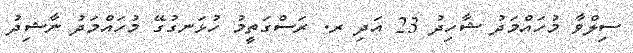
ސިލްވާ މުހައްމަދު ޝާހިދު 23 އަދި ރ. ރަސްގަތީމު ހުޅަނގުގޭ މުހައްމަދު ނާޝިދު